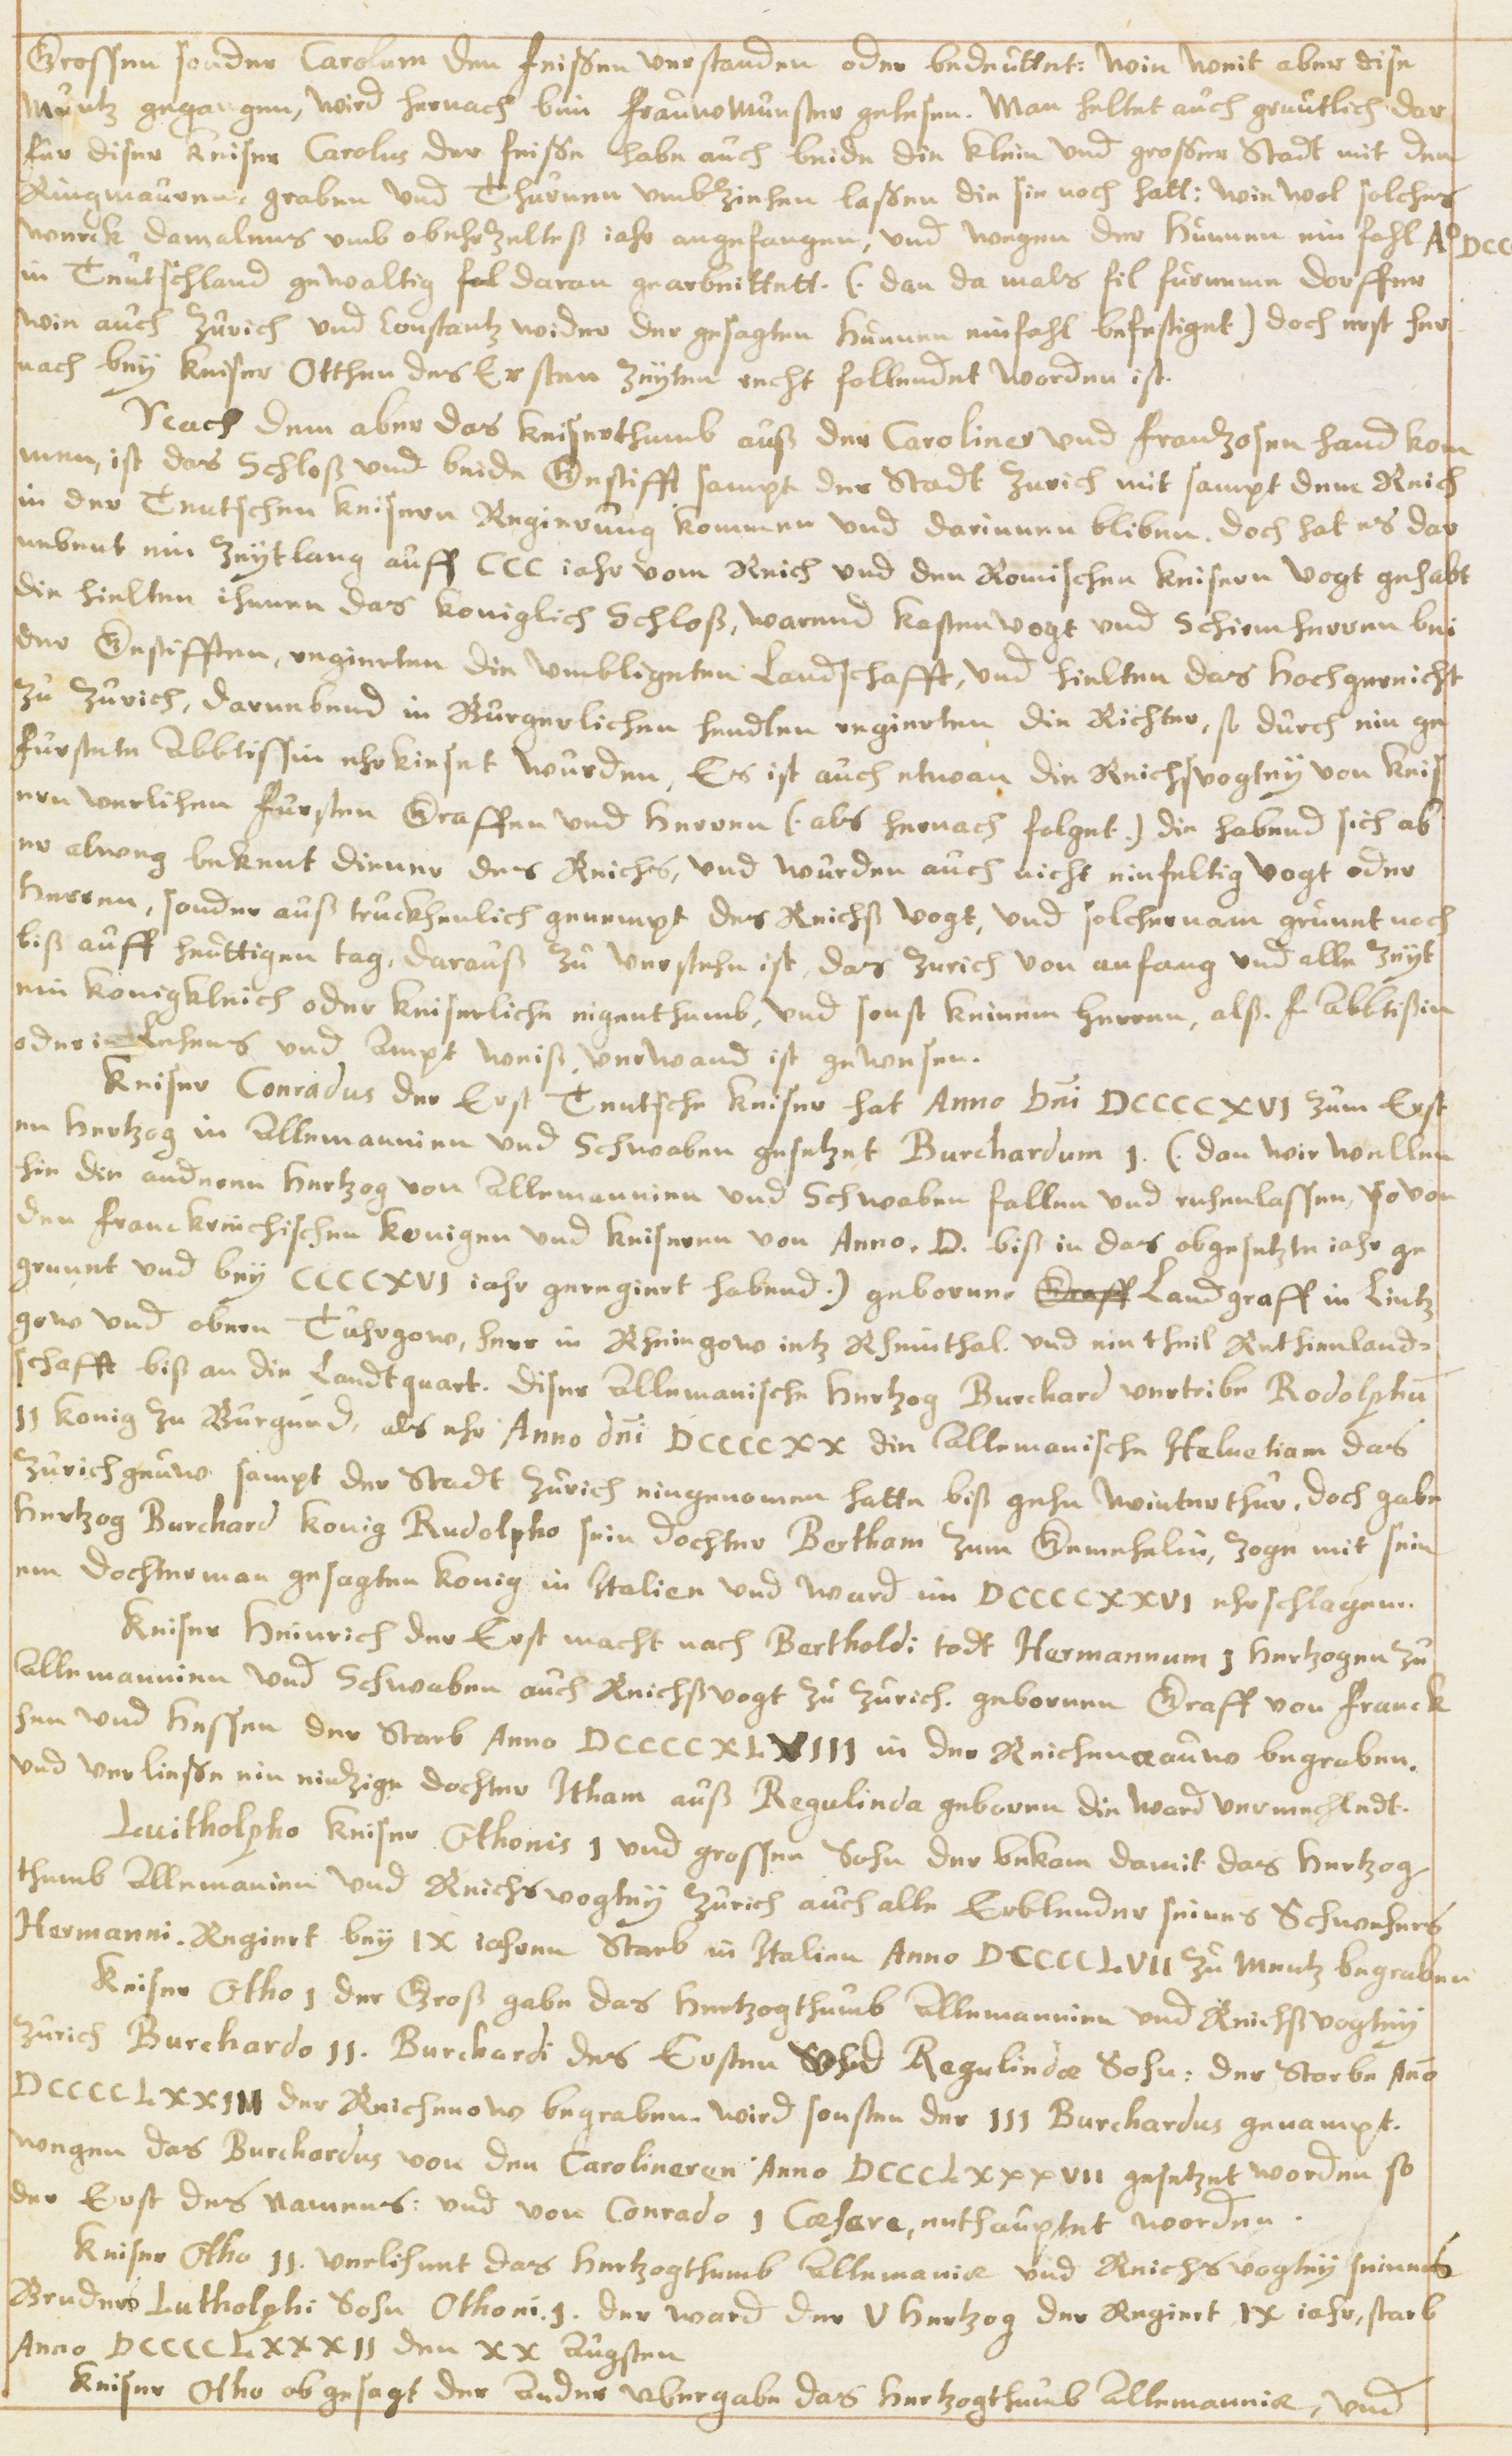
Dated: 1614–1638